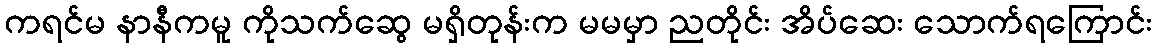
ကရင်မ နာနီကမူ ကိုသက်ဆွေ မရှိတုန်းက မမမှာ ညတိုင်း အိပ်ဆေး သောက်ရကြောင်း